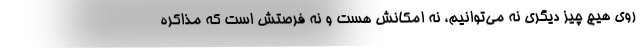
روی هیچ چیز دیگری نه می‌توانیم، نه امکانش هست و نه فرصتش است که مذاکره